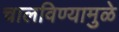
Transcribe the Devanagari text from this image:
चालविण्यामुळे